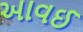
આવઈ